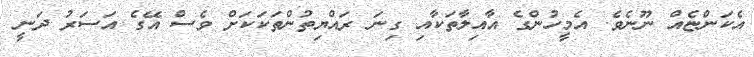
އެކަންޏެއް ނޫނެވެ. އެމީހުންގެ އާއިލާތަކާއި ގިނަ ރައްޔިތުންތަކަކަށް ވެސް އޭގެ އަސަރު ދަނީ